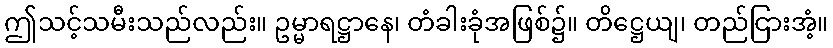
ဤသင့်သမီးသည်လည်း။ ဥမ္မာရဋ္ဌာနေ၊ တံခါးခုံအဖြစ်၌။ တိဋ္ဌေယျ၊ တည်ငြားအံ့။